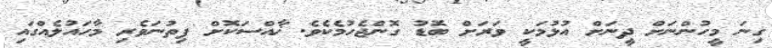
ގިނަ މީހުންނަށް ދީނަށް އުޅުމަކީ ވަރަށް ބޮޑު ގޮންޖެހުމެކެވެ. ޚާއްސަކޮށް ފިތުނަވެރި މާހައުލެއްގައި